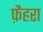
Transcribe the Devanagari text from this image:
फ़ैहरा